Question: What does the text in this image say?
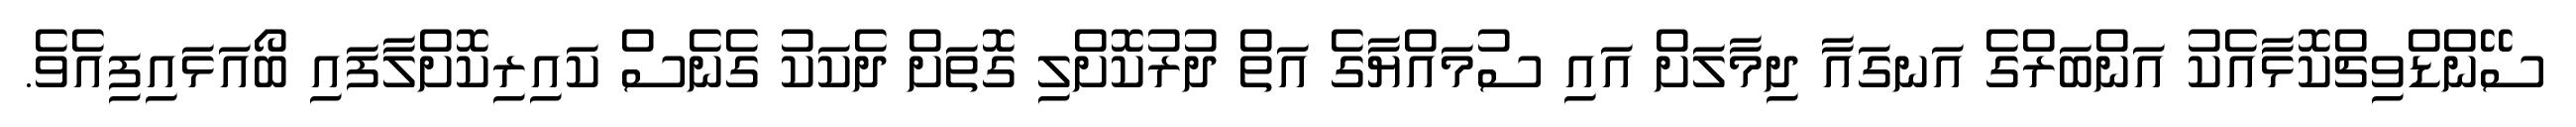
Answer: ސޭންޑްވިޗްކޮޅާއެކު އަންބަރްގެ އަނގައާ ދިމާލަށް އައި ސުމައްޔާގެ އަތް ދުރުކޮށްލި ގޮތަށް ދެކަކު ގެނެސް ކައިރިކޮށްލާފައި ބޯއަޅައިފިއެވެ.